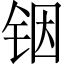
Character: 铟